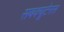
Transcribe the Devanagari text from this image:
सबक्यूटेनस